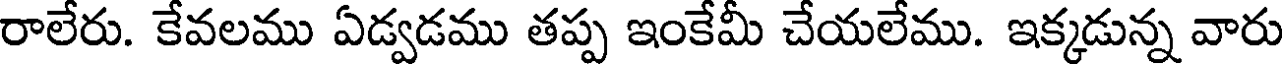
రాలేరు. కేవలము ఏడ్వడము తప్ప ఇంకేమీ చేయలేము. ఇక్కడున్న వారు